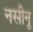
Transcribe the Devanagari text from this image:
नसीनू